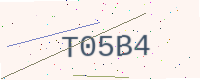
Text: T05B4